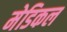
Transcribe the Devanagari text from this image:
मेडिकल